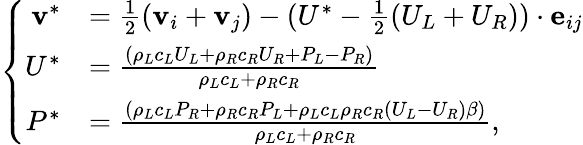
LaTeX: \left\{ \begin{array}{rl}{\textbf{v}^{*}}&{=\frac{1}{2}(\textbf{v}_{i}+\textbf{v}_{j})-(U^{*}-\frac{1}{2}(U_{L}+U_{R}))\cdot\textbf{e}_{ij}}\\ {U^{*}}&{=\frac{(\rho_{L}c_{L}U_{L}+\rho_{R}c_{R}U_{R}+P_{L}-P_{R})}{\rho_{L}c_{L}+\rho_{R}c_{R}}}\\ {P^{*}}&{=\frac{\left(\rho_{L}c_{L}P_{R}+\rho_{R}c_{R}P_{L}+\rho_{L}c_{L}\rho_{R}c_{R}\left(U_{L}-U_{R}\right)\beta\right)}{\rho_{L}c_{L}+\rho_{R}c_{R}},}\end{array}\right.